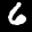
Label: 6